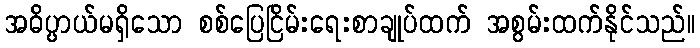
အဓိပ္ပာယ်မရှိသော စစ်ပြေငြိမ်းရေးစာချုပ်ထက် အစွမ်းထက်နိုင်သည်။